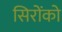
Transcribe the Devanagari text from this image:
सिरोंको